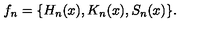
f _ { n } = \{ H _ { n } ( x ) , K _ { n } ( x ) , S _ { n } ( x ) \} .